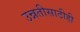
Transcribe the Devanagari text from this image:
उन्नतीसाठीही